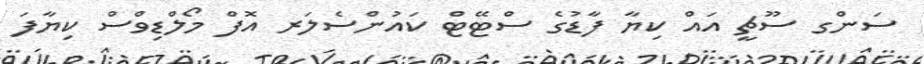
ސަންގ ސޫޗީ އައް ކިޔާ ފާޑުގެ ސްޓޭޓް ކައުންސެލަރ އޮފް މޯލްޑިވްސް ކިޔާފަ